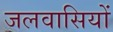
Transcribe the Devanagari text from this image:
जलवासियों